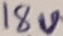
Text: 18V